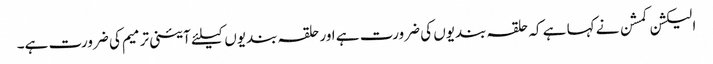
الیکشن کمشن نے کہا ہے کہ حلقہ بندیوں کی ضرورت ہے اور حلقہ بندیوں کیلئے آئینی ترمیم کی ضرورت ہے۔